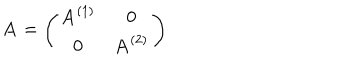
{ \bf A } = \left( \begin{matrix} { { { \bf A } ^ { ( 1 ) } } } & { { 0 } } \\ { { 0 } } & { { { \bf A } ^ { ( 2 ) } } } \\ \end{matrix} \right)